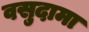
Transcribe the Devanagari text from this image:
वसुदामा